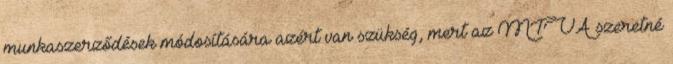
munkaszerződések módosítására azért van szükség, mert az MTVA szeretné